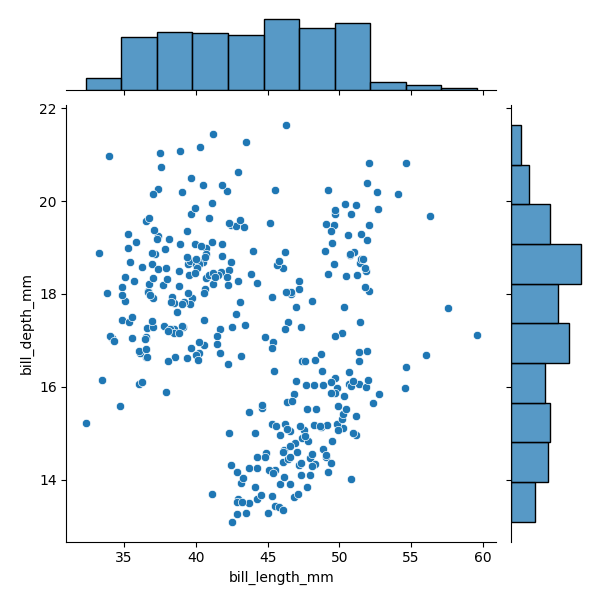
python, seaborn, JointGrid, scatterplot, histplot